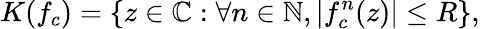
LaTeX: K(f_{c})=\left\{ z\in\mathbb{C}:\forall n\in\mathbb{N},|f_{c}^{n}(z)|\leq R\right\} ,